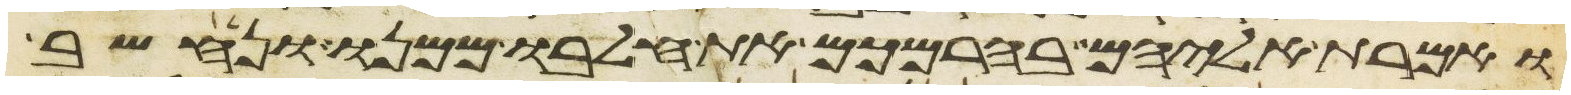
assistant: ואמרת אליהם בהרמכם את חלבו ממנו ונחשב